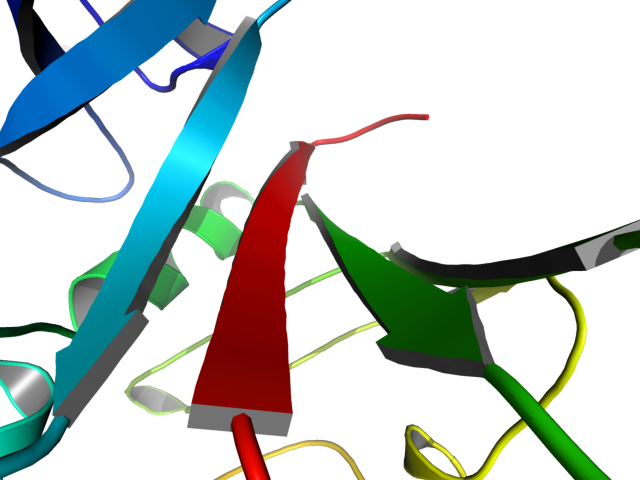
pymol, perspective, field_of_view